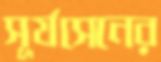
সূর্যসেনের